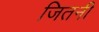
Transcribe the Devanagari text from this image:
जितनी